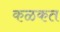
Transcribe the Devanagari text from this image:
कळकत